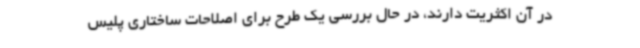
در آن اکثریت دارند، در حال بررسی یک طرح برای اصلاحات ساختاری پلیس